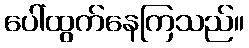
ပေါ်ထွက်နေကြသည်။